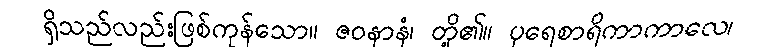
ရှိသည်လည်းဖြစ်ကုန်သော။ ဇဝနာနံ၊ တို့၏။ ပုရေစာရိကာကာလေ၊